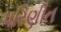
પરિણીત